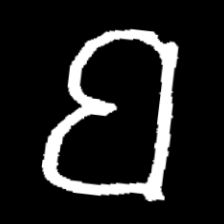
Pyu character \u2014 Myanmar letter: ဗ (romanized: ba)